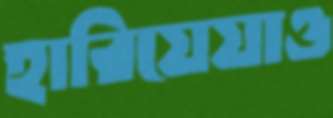
হারিয়েযাও